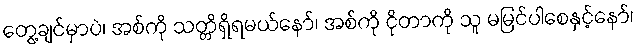
တွေ့ချင်မှာပဲ၊ အစ်ကို သတ္တိရှိရမယ်နော်၊ အစ်ကို ငိုတာကို သူ မမြင်ပါစေနှင့်နော်၊